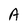
Character: A